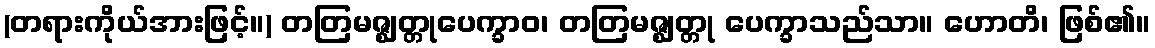
(တရားကိုယ်အားဖြင့်။) တတြမဇ္ဈတ္တုပေက္ခာဝ၊ တတြမဇ္ဈတ္တု ပေက္ခာသည်သာ။ ဟောတိ၊ ဖြစ်၏။